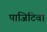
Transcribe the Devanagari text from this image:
पाजिटिवों